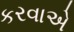
કરવાએ